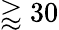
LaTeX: \gtrapprox 30